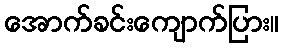
အောက်ခင်းကျောက်ပြား။